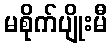
မစိုက်ပျိုးမီ